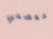
معصمي